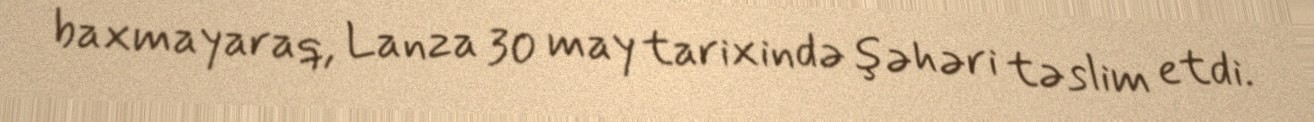
baxmayaraq, Lanza 30 may tarixində şəhəri təslim etdi.